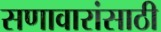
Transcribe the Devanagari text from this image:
सणावारांसाठी